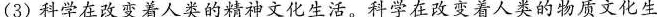
(3)科学在改变着人类的精神文化生活。科学在改变着人类的物质文化生